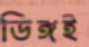
ডিঙ্গই